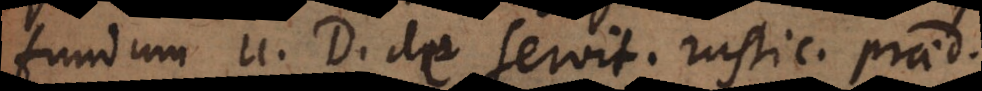
fundum 11. D. de servit. rustic. praed.